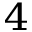
^ 4